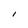
Character: 1